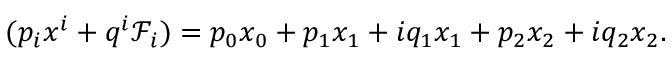
( p _ { i } x ^ { i } + q ^ { i } \mathcal { F } _ { i } ) = p _ { 0 } x _ { 0 } + p _ { 1 } x _ { 1 } + i q _ { 1 } x _ { 1 } + p _ { 2 } x _ { 2 } + i q _ { 2 } x _ { 2 } .